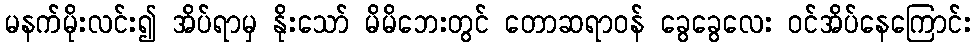
မနက်မိုးလင်း၍ အိပ်ရာမှ နိုးသော် မိမိဘေးတွင် တောဆရာဝန် ခွေခွေလေး ဝင်အိပ်နေကြောင်း